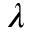
\lambda